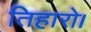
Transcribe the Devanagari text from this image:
तिहारो।